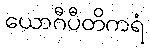
ယောဂီပီတိကရံ